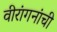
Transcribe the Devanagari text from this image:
वीरांगनांची